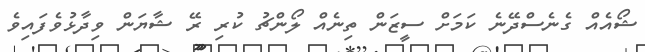
ޝޯއެއް ގެނެސްދޭނެ ކަމަށް ސީޒަން ތިނެއް ލޯންޗު ކުރި ރޭ ޝާޔަން ވިދާޅުވެފައިވެ